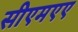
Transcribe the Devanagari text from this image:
सीएमएए